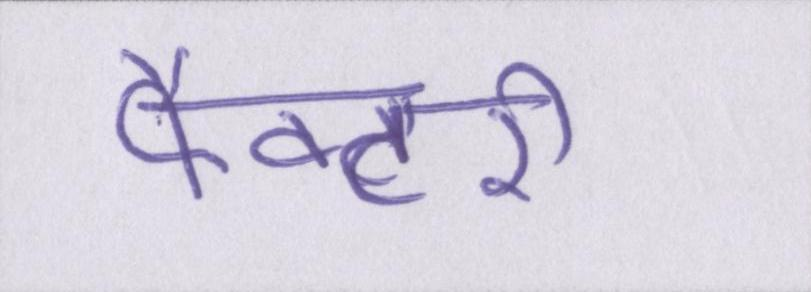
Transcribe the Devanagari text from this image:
फैक्टरी